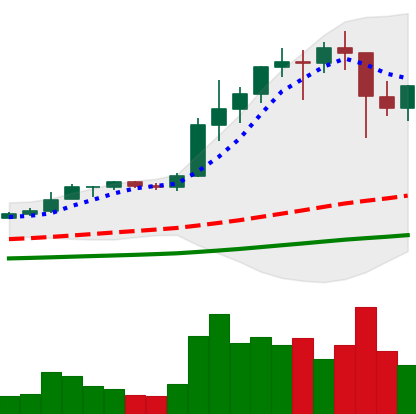
Ticker: ETH-USD
Chart end date: 2021-01-13
Forward return: 11.191%
Label: up_7plus